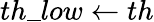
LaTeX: th\_ low\leftarrow th